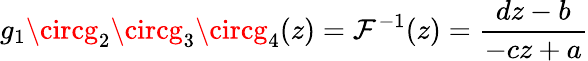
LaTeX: g_{1}\circg_{2}\circg_{3}\circg_{4}(z)=\mathcal{F}^{-1}(z)={\frac{{dz-b}}{{-cz+a}}}